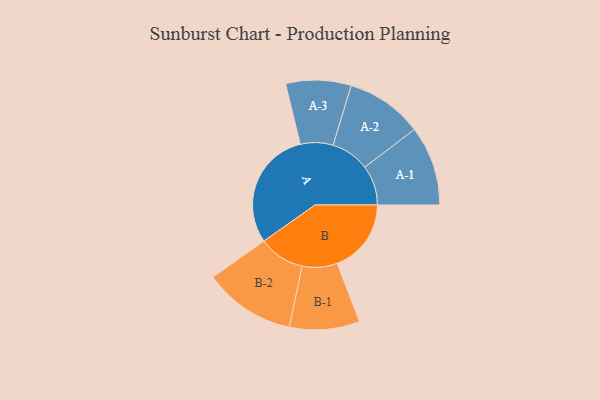
{"axis": {"x": "Segment", "y": "Value"}, "legend": ["", "A", "B"], "data": [{"x": "A", "y": 494, "type": ""}, {"x": "B", "y": 306, "type": ""}, {"x": "A-1", "y": 165, "type": "A"}, {"x": "A-2", "y": 159, "type": "A"}, {"x": "A-3", "y": 135, "type": "A"}, {"x": "B-1", "y": 145, "type": "B"}, {"x": "B-2", "y": 190, "type": "B"}]}